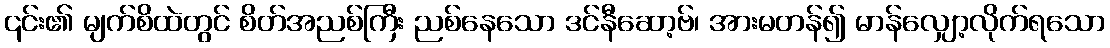
၎င်း၏ မျက်စိထဲတွင် စိတ်အညစ်ကြီး ညစ်နေသော ဒင်နီဆော့ဗ်၊ အားမတန်၍ မာန်လျှော့လိုက်ရသော